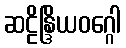
ဆဠိန္ဒြိယဝဂ္ဂေါ